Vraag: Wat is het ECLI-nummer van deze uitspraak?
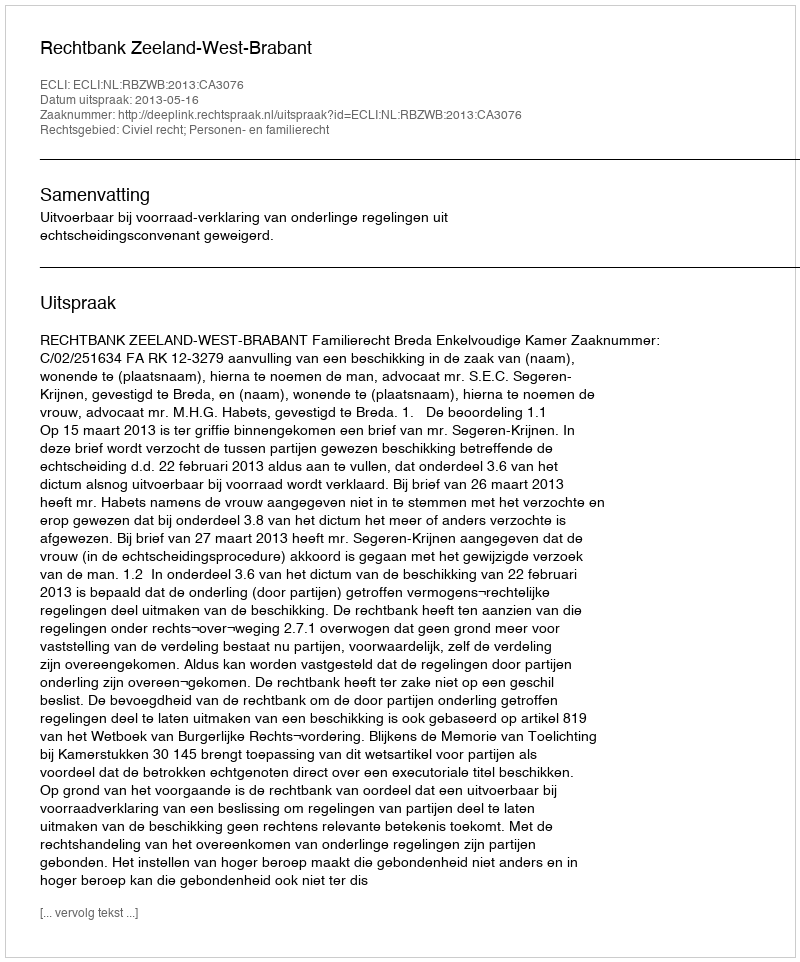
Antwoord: ECLI:NL:RBZWB:2013:CA3076